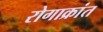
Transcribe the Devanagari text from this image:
रोगाक्रांत